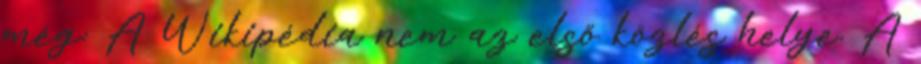
még: A Wikipédia nem az első közlés helye. A